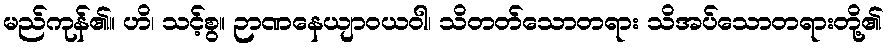
မည်ကုန်၏။ ဟိ၊ သင့်စွ။ ဉာဏနေယျာဝယဝါ၊ သိတတ်သောတရား သိအပ်သောတရားတို့၏